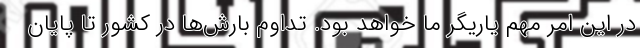
در این امر مهم یاریگر ما خواهد بود. تداوم بارش‌ها در کشور تا پایان